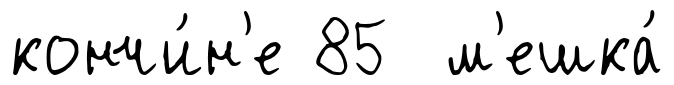
кончи́н'е 85 м'ешка́